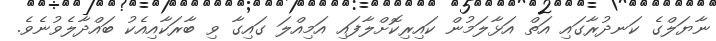
ނާޔަލްގެ ކަނދުރާގައި އަތް އަޅާލަމުން ކައިރިކޮށްލާފައި އަމިއްލަ ގައިގާ ވި ބާރަކާއިއެކު ބައްދާލެވުނެވެ.